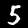
Digit: 5